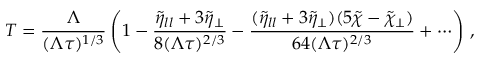
T = \frac { \Lambda } { ( \Lambda \tau ) ^ { 1 / 3 } } \left( 1 - \frac { \tilde { \eta } _ { l l } + 3 \tilde { \eta } _ { \perp } } { 8 ( \Lambda \tau ) ^ { 2 / 3 } } - \frac { ( \tilde { \eta } _ { l l } + 3 \tilde { \eta } _ { \perp } ) ( 5 \tilde { \chi } - \tilde { \chi } _ { \perp } ) } { 6 4 ( \Lambda \tau ) ^ { 2 / 3 } } + \cdots \right) \, ,